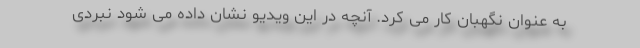
به عنوان نگهبان کار می کرد. آنچه در این ویدیو نشان داده می شود نبردی